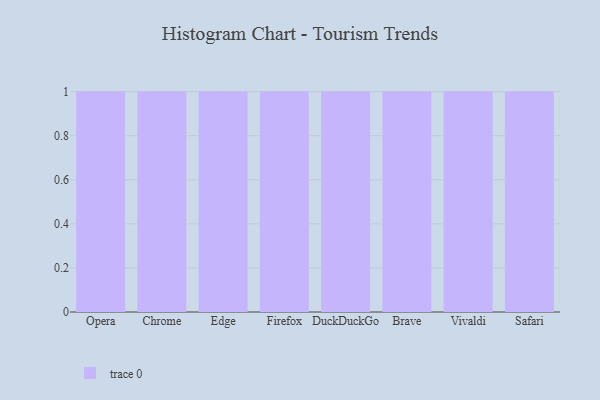
{"axis": {"x": "Browser", "y": "Shipments"}, "legend": [""], "data": [{"x": "Opera", "y": 98, "type": ""}, {"x": "Chrome", "y": 93, "type": ""}, {"x": "Edge", "y": 39, "type": ""}, {"x": "Firefox", "y": 40, "type": ""}, {"x": "DuckDuckGo", "y": 67, "type": ""}, {"x": "Brave", "y": 34, "type": ""}, {"x": "Vivaldi", "y": 85, "type": ""}, {"x": "Safari", "y": 87, "type": ""}]}